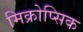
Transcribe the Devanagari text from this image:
मिक्रोप्सिक